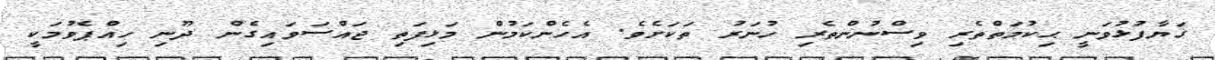
ގަޔާފުޅުވަނީ ޙިކުމަތްތެރި ވިސްނުންތެރި ހުނަރު ތަކަށެވެ. އެހެންކަމުން މަޅިފަތި ޖައްސަވައިގެން ދޫނި ހިއްޕެވުމަކީ